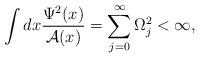
LaTeX: \begin{align*}\int dx {{\Psi^2(x)}\over {{\cal A}(x)}}= \sum_{j = 0}^\infty \Omega_j^2 < \infty,\end{align*}